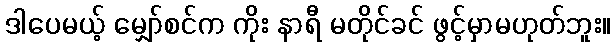
ဒါပေမယ့် မျှော်စင်က ကိုး နာရီ မတိုင်ခင် ဖွင့်မှာမဟုတ်ဘူး။